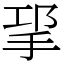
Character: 㧭